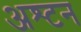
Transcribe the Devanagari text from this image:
अश्टन